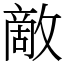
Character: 敵